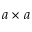
a \times a